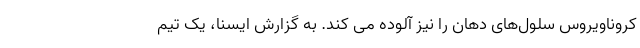
کروناویروس سلول‌های دهان را نیز آلوده می کند. به گزارش ایسنا، یک تیم